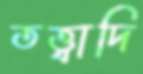
তত্ত্বাদি